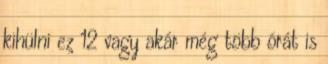
kihülni ez 12 vagy akár még több órát is